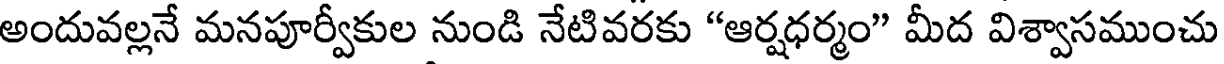
అందువల్లనే మనపూర్వీకుల నుండి నేటివరకు "ఆర్షధర్మం" మీద విశ్వాసముంచు